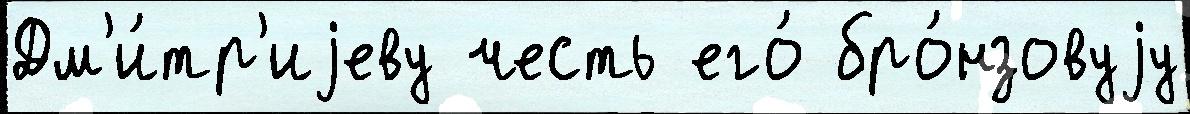
Дм'и́тр'иjеву честь его́ бро́нзовуjу